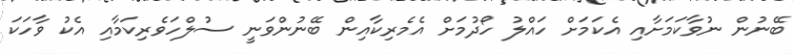
ބޭނުން ނުވާކަމަށާއި އެކަމަށް ހައްލު ހޯދުމަށް އެމެރިކާއިން ބޭނުންވަނީ ސުލްހަވެރިކަމާއި އެކު ވާހަކަ